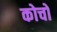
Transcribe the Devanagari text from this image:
कोचो